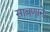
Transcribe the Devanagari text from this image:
साबणाने